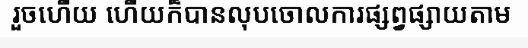
រួចហើយ ហើយក៏បានលុបចោលការផ្សព្វផ្សាយតាម